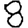
Digit: 8